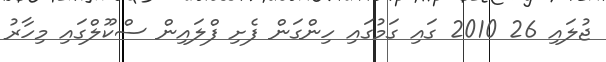
ޖުލައި 26 2010 ގައި ގަމުގައި ހިންގަން ފެށި ފްލައިން ސްކޫލްގައި މިހާރު